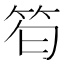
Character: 𥬜